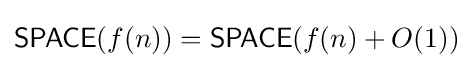
{\mathsf {SPACE}}(f(n))={\mathsf {SPACE}}(f(n)+O(1))